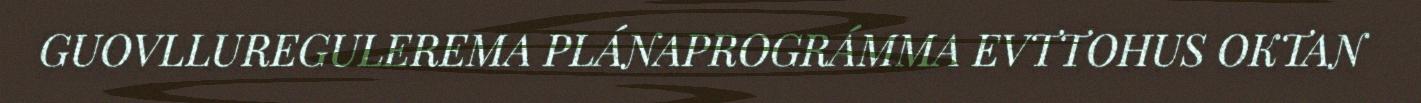
GUOVLLUREGULEREMA PLÁNAPROGRÁMMA EVTTOHUS OKTAN